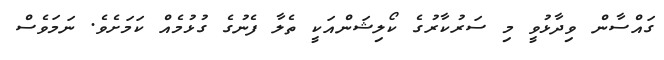
ގައްސާން ވިދާޅުވީ މި ސަރުކާރުގެ ކޯލިޝަންއަކީ ތެލާ ފެނުގެ ގުޅުމެއް ކަމަށެވެ. ނަމަވެސް